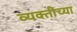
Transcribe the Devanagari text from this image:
व्‍यक्‍तीच्‍या